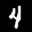
Label: 4